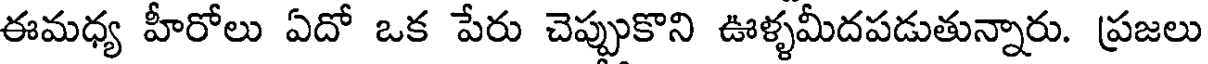
ఈమధ్య హీరోలు ఏదో ఒక పేరు చెప్పుకొని ఊళ్ళమీదపడుతున్నారు. ప్రజలు